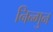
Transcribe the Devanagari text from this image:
निन्गुन